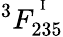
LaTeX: ^3F_{235}^{^{\mathrm{~I~}}}